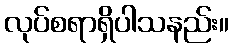
လုပ်စရာရှိပါသနည်း။